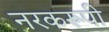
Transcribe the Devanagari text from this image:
नरकरूपी